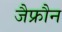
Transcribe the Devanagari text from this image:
जैफ्रौन